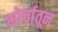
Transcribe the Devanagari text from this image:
मोर्चातून